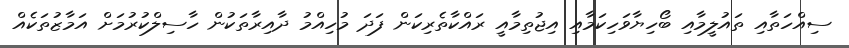
ސިއްހަތާއި ތައުލީމާއި ބޯހިޔާވަހިކަމާއި އިޖުތިމާއީ ރައްކާތެރިކަން ފަދަ މުހިއްމު ދާއިރާތަކުން ހާސިލްކުރުމަށް އަމާޒުތަކެއް